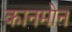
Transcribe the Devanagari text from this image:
कानमोन